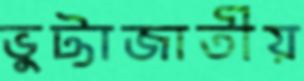
ভুট্টাজাতীয়